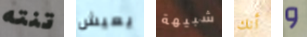
تنته يعيش شبيهة أنك و